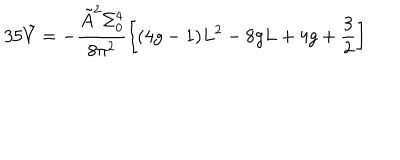
3 5 \tilde { V } = - \frac { \tilde { A } ^ { 2 } \Sigma _ { 0 } ^ { 4 } } { 8 \pi ^ { 2 } } \left[ ( 4 g - 1 ) L ^ { 2 } - 8 g L + 4 g + \frac { 3 } { 2 } \right]